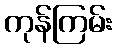
ကုန်ကြမ်း